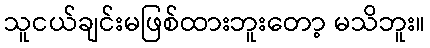
သူငယ်ချင်းမဖြစ်ထားဘူးတော့ မသိဘူး။